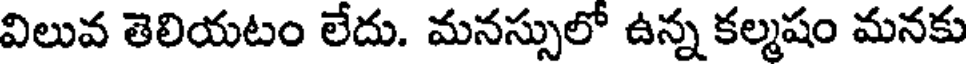
విలువ తెలియటం లేదు. మనస్సులో ఉన్న కల్మషం మనకు